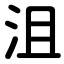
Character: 沮